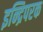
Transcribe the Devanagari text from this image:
इन्द्रिपरक